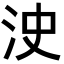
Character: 㳏